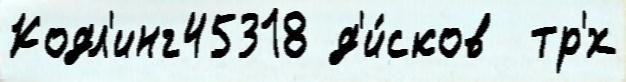
Кодл'инг45318 д'и́сков  тр'́х